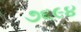
૭૬૯૪